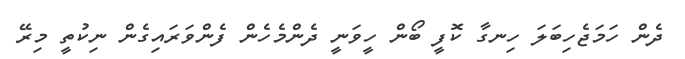
ދެން ހަމަޖެހިބަލަ ހިނގާ ކޮފީ ބޯން ހީވަނީ ދެންމެހެން ފެންވަރައިގެން ނިކުތީ މިރޭ